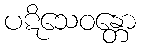
ပဋိသေဝန္တော